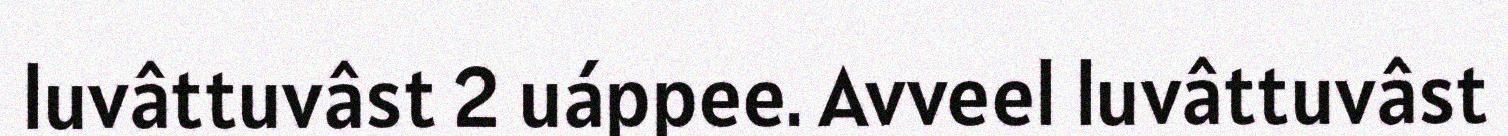
luvâttuvâst 2 uáppee. Avveel luvâttuvâst